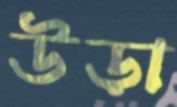
উড়া